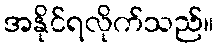
အနိုင်ရလိုက်သည်။